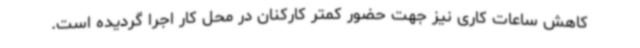
کاهش ساعات کاری نیز جهت حضور کمتر کارکنان در محل کار اجرا گردیده است.